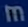
m